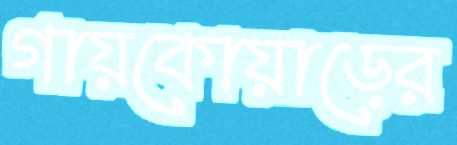
গায়কোয়াড়ের